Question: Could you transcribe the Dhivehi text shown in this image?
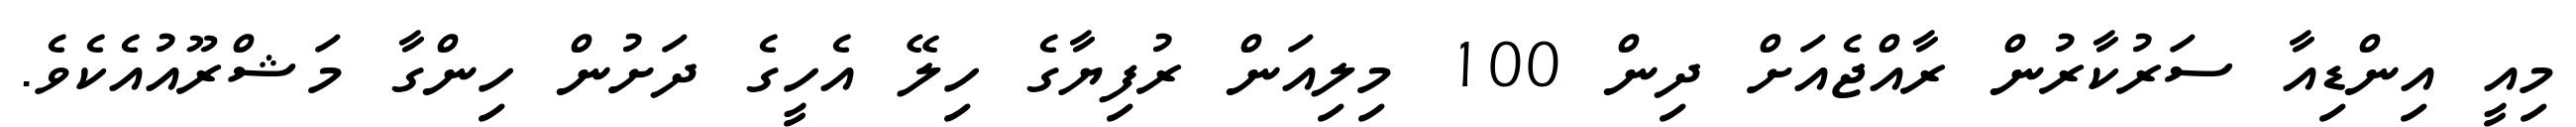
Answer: މިއީ އިންޑިއާ ސަރުކާރުން ރާއްޖެއަށް ދިން 100 މިލިއަން ރުފިޔާގެ ހިލޭ އެހީގެ ދަށުން ހިންގާ މަޝްރޫއުއެކެވެ.